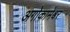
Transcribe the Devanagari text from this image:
अगोकामेश्वर